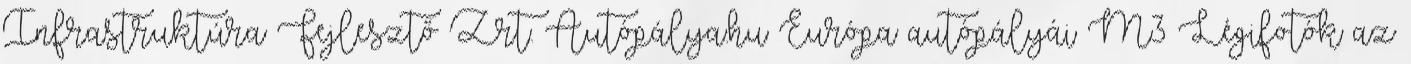
Infrastruktúra Fejlesztő Zrt. Autópálya.hu Európa autópályái M3 Légifotók az